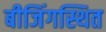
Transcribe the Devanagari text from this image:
बीजिंगस्थित